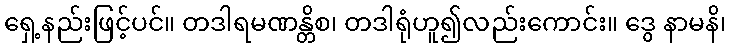
ရှေ့နည်းဖြင့်ပင်။ တဒါရမဏန္တိစ၊ တဒါရုံဟူ၍လည်းကောင်း။ ဒွေ နာမနိ၊